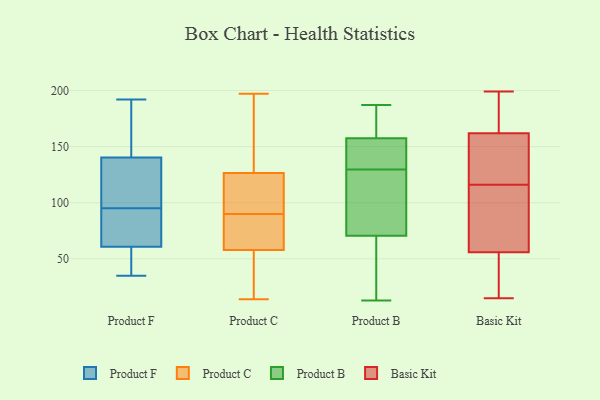
{"axis": {"x": "Inventory Turnover", "y": "Value"}, "legend": ["Basic Kit", "Product B", "Product C", "Product F"], "data": [{"x": "", "y": 35, "type": "Product F"}, {"x": "", "y": 100, "type": "Product F"}, {"x": "", "y": 82, "type": "Product F"}, {"x": "", "y": 53, "type": "Product F"}, {"x": "", "y": 63, "type": "Product F"}, {"x": "", "y": 166, "type": "Product F"}, {"x": "", "y": 95, "type": "Product F"}, {"x": "", "y": 174, "type": "Product F"}, {"x": "", "y": 54, "type": "Product F"}, {"x": "", "y": 84, "type": "Product F"}, {"x": "", "y": 125, "type": "Product F"}, {"x": "", "y": 83, "type": "Product F"}, {"x": "", "y": 156, "type": "Product F"}, {"x": "", "y": 135, "type": "Product F"}, {"x": "", "y": 37, "type": "Product F"}, {"x": "", "y": 192, "type": "Product F"}, {"x": "", "y": 133, "type": "Product F"}, {"x": "", "y": 77, "type": "Product C"}, {"x": "", "y": 152, "type": "Product C"}, {"x": "", "y": 95, "type": "Product C"}, {"x": "", "y": 103, "type": "Product C"}, {"x": "", "y": 197, "type": "Product C"}, {"x": "", "y": 88, "type": "Product C"}, {"x": "", "y": 164, "type": "Product C"}, {"x": "", "y": 14, "type": "Product C"}, {"x": "", "y": 125, "type": "Product C"}, {"x": "", "y": 27, "type": "Product C"}, {"x": "", "y": 62, "type": "Product C"}, {"x": "", "y": 17, "type": "Product C"}, {"x": "", "y": 59, "type": "Product C"}, {"x": "", "y": 90, "type": "Product C"}, {"x": "", "y": 55, "type": "Product C"}, {"x": "", "y": 131, "type": "Product C"}, {"x": "", "y": 125, "type": "Product C"}, {"x": "", "y": 80, "type": "Product B"}, {"x": "", "y": 187, "type": "Product B"}, {"x": "", "y": 161, "type": "Product B"}, {"x": "", "y": 171, "type": "Product B"}, {"x": "", "y": 24, "type": "Product B"}, {"x": "", "y": 149, "type": "Product B"}, {"x": "", "y": 79, "type": "Product B"}, {"x": "", "y": 13, "type": "Product B"}, {"x": "", "y": 119, "type": "Product B"}, {"x": "", "y": 154, "type": "Product B"}, {"x": "", "y": 62, "type": "Product B"}, {"x": "", "y": 140, "type": "Product B"}, {"x": "", "y": 15, "type": "Basic Kit"}, {"x": "", "y": 168, "type": "Basic Kit"}, {"x": "", "y": 56, "type": "Basic Kit"}, {"x": "", "y": 130, "type": "Basic Kit"}, {"x": "", "y": 56, "type": "Basic Kit"}, {"x": "", "y": 91, "type": "Basic Kit"}, {"x": "", "y": 102, "type": "Basic Kit"}, {"x": "", "y": 29, "type": "Basic Kit"}, {"x": "", "y": 199, "type": "Basic Kit"}, {"x": "", "y": 149, "type": "Basic Kit"}, {"x": "", "y": 192, "type": "Basic Kit"}, {"x": "", "y": 156, "type": "Basic Kit"}]}